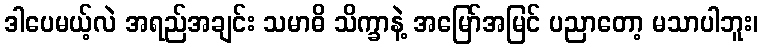
ဒါပေမယ့်လဲ အရည်အချင်း သမာဓိ သိက္ခာနဲ့ အမြော်အမြင် ပညာတော့ မသာပါဘူး၊